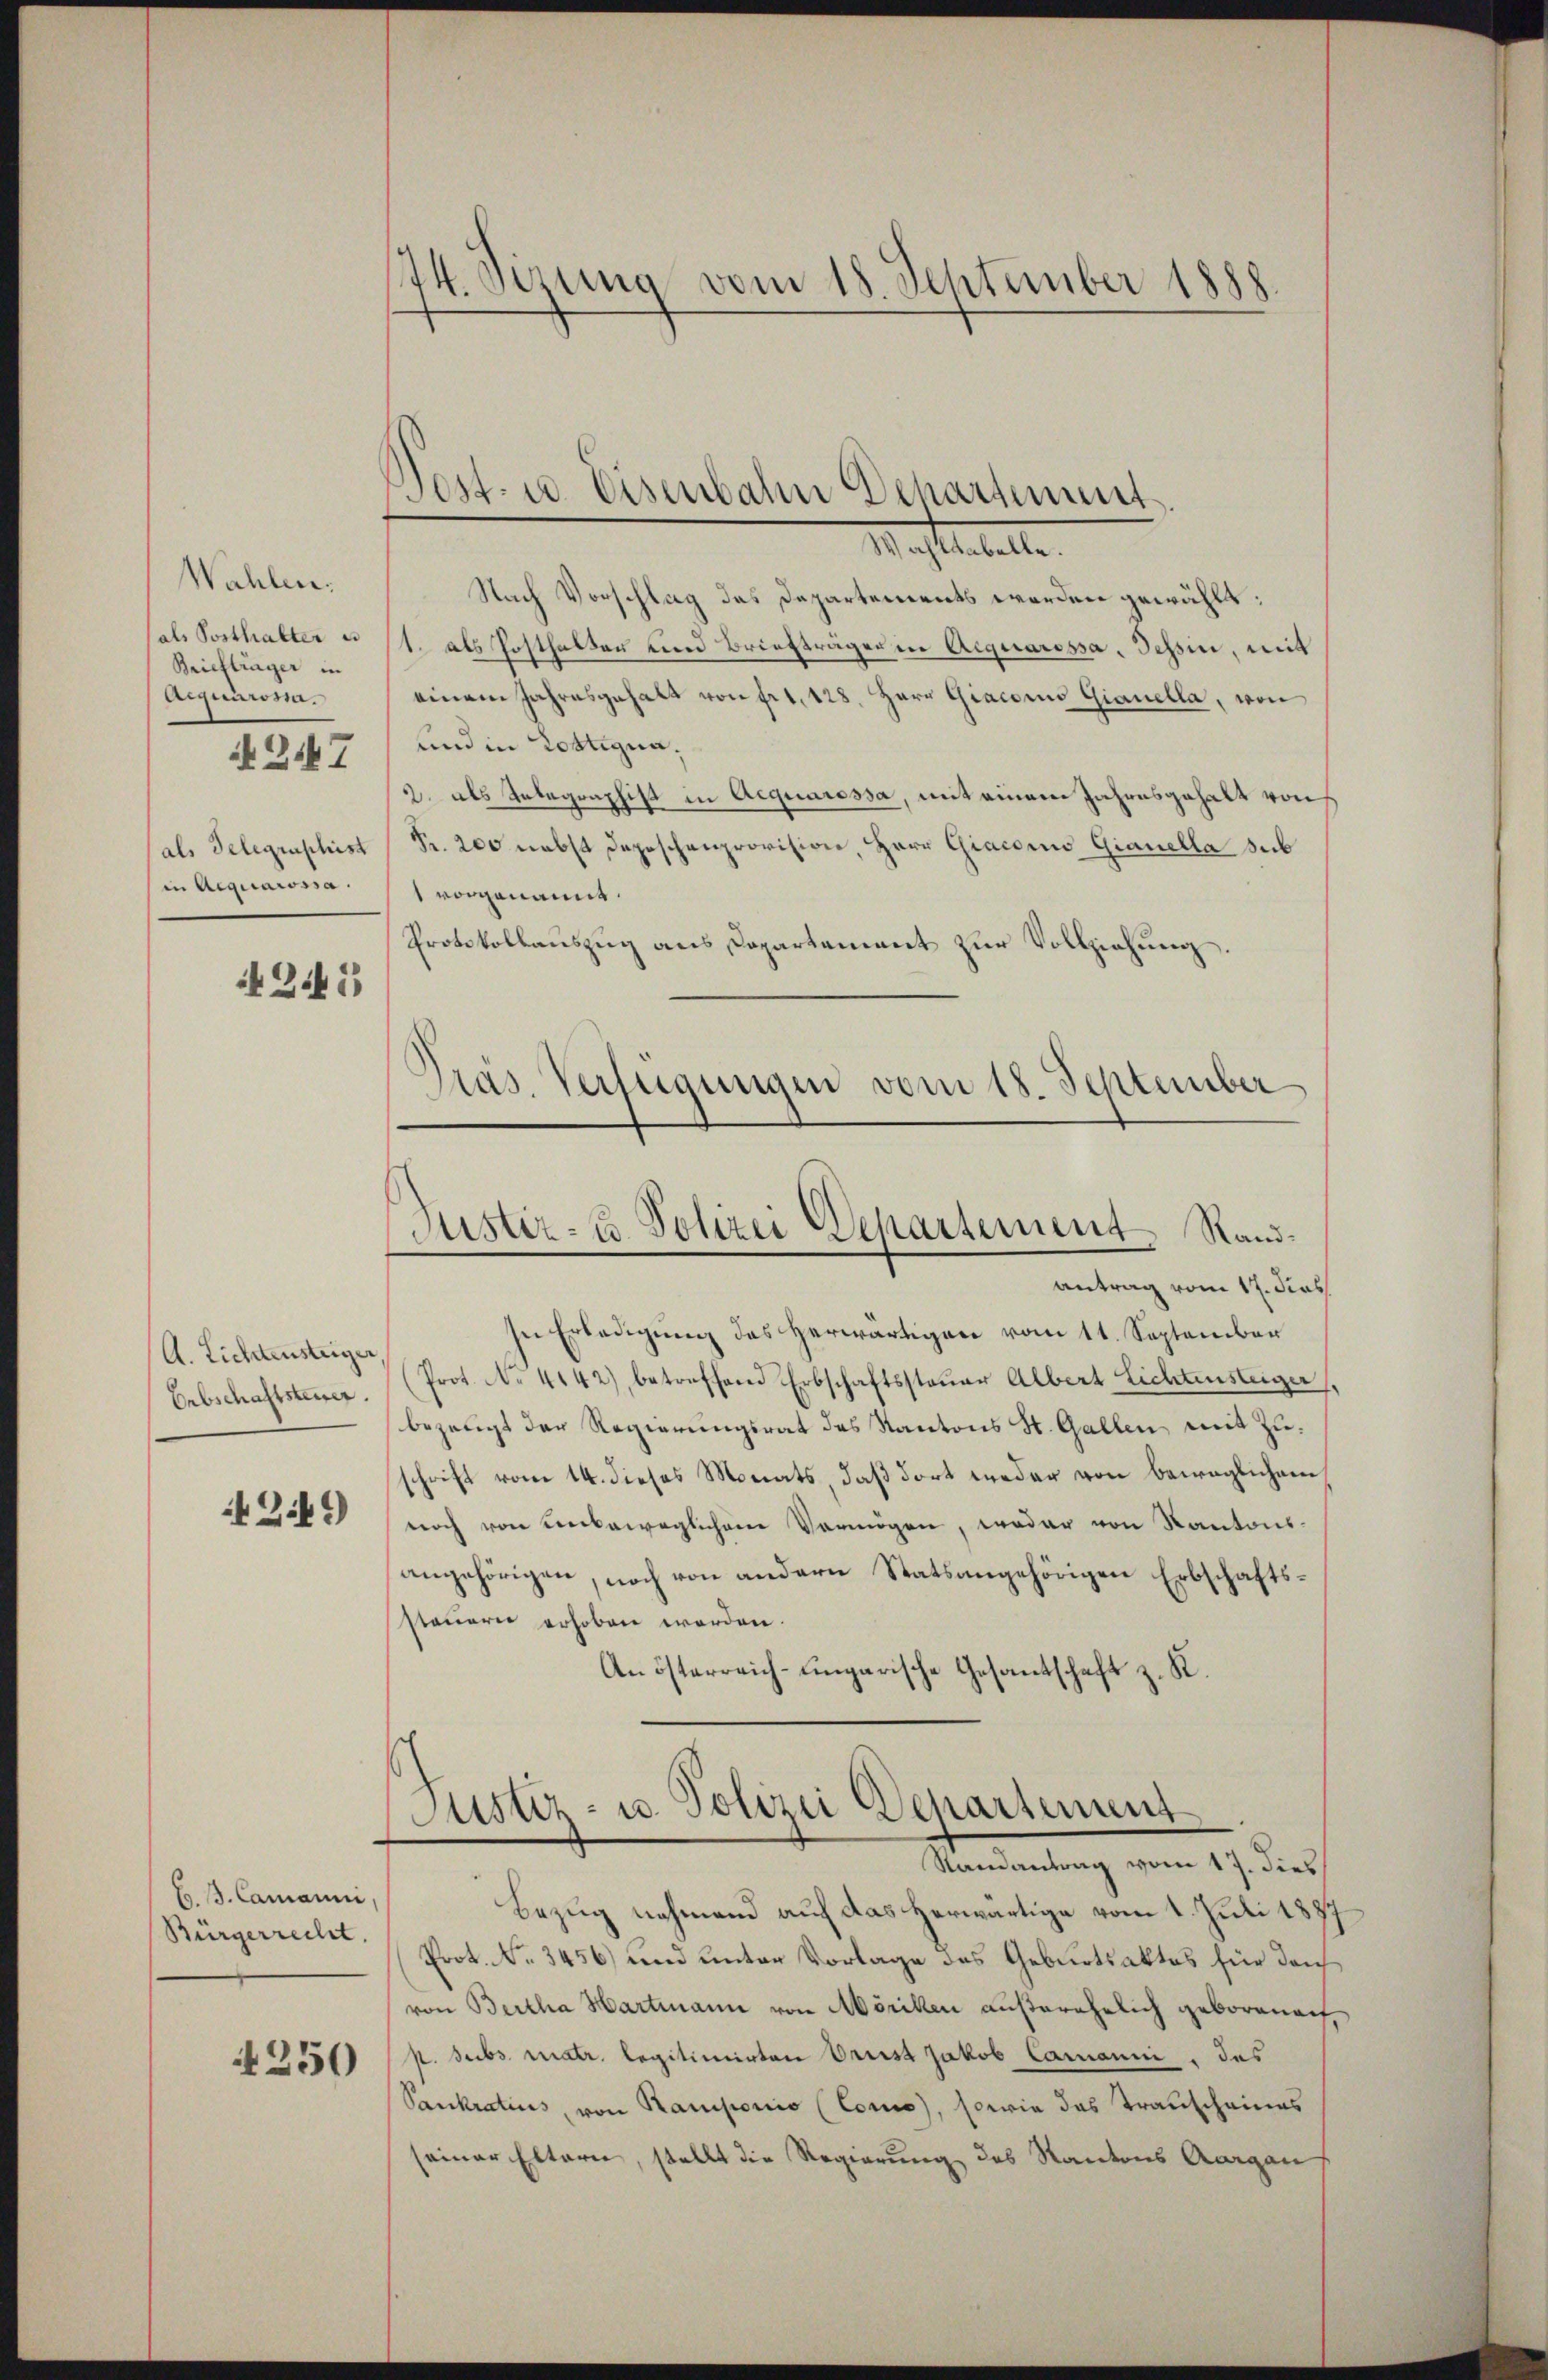
Wahlen.
als Posthalter es
Briefträger in
Aiguumona
N 247
(als Gelegenschist
in Aequarossa.

245

A. Lichtensteiger
Erbschaftsteuer.

4249)

E. B. Camanni
Bürgerrecht.

4250

174. Sizung vom 18. September 1888

Post- u. Eisenbahn Schartient

Machteteilt.
Nach Vorschlag das Departements werden gewählt:
1. als Posthalten und Briefträger in Acquaressa, Jehsin, mit
einem Jahresgehalt von Fr. 128. Herr Giacono Gianella, von
und in Lottigna¬
2. als Integraphis in Aequaressa, mit einem Jahresgehalt von
Fr. 200 nebst Depeschenprovision, Herr Giaconus Gianella sub
1 vorgenannt.
Protokollauszug aus Capartement zur Vollziehung.
Präs. Verfügungen vom 18. September

Justiz- & Polizei Departement Stand¬

antrag vom 17. dies
In Erledigung des Herwärtigen vom 11. September
Prot. N. 4142) betreffend Erbschaftssteuer Albert Lichtensteiger,
bezeugt der Regierungsrat des Kantons St. Gallen mit Zuhrift vom 14. dieses Monats, daß dort weder von beweglichem
noch von unbeweglichen Vermögen, wodar von Kantonsangehörigen, noch von andern Statsangehörigen Erbschaftssteuern erhoben worden.
An österreich-Eingarische Gesantschaft z. R.

Justiz- u. Polizei Departement
Randantrag vom 17. dies

Bezug nehmend auf das Herwärtige vom 1. Juli 1887
Prot. No. 3456) und unter Vorlage des Geburtsaktes für dan
von Bertha Hartmann von Möriken außerehelich geborenauf,
p. subs matr. legitimirten Orest Jakob Camanni, das
Pankratius von Ramponio (Coms, sowie das Transcheines
seiner Eltern, stellt die Regierung des Kantons Aargau,